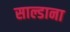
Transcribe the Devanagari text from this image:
साल्डाना